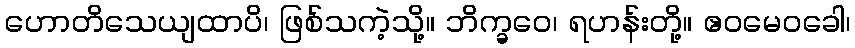
ဟောတိသေယျထာပိ၊ ဖြစ်သကဲ့သို့။ ဘိက္ခဝေ၊ ရဟန်းတို့။ ဧဝမေဝခေါ၊